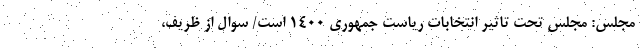
مجلس: مجلس تحت تاثیر انتخابات ریاست جمهوری 1400 است/ سوال از ظریف،